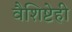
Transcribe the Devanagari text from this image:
वैशिष्टेही